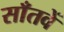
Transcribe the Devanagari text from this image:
साँतवें